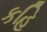
કહિ